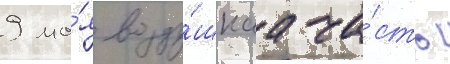
9 ма́я возду́шнаа ча́сть